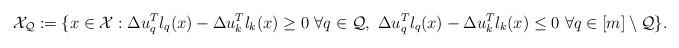
LaTeX: \begin{gather*}\mathcal{X}_\mathcal{Q} := \{x \in \mathcal{X}: \Delta u_q^T l_q(x) - \Delta u_k^T l_k(x) \geq 0 \ \forall q \in \mathcal{Q}, \ \Delta u_q^T l_q(x) - \Delta u_k^T l_k(x) \leq 0 \ \forall q \in [m] \setminus \mathcal{Q}\}.\end{gather*}